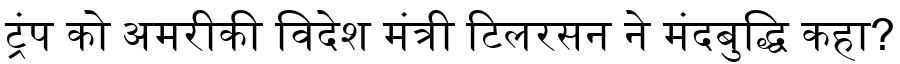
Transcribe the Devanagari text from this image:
ट्रंप को अमरीकी विदेश मंत्री टिलरसन ने मंदबुद्धि कहा?